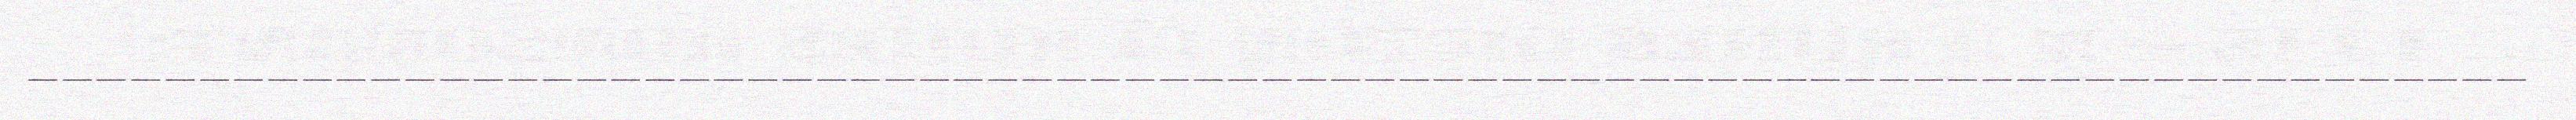
_________________________________________________________________________